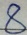
8